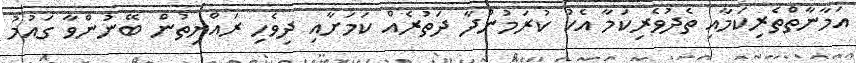
އަމާނާތްތެރިކަމާއި ތެދުވެރިކަމާ އެކު ކުރަމުންދާ ދަތުރެއް ކަމަށާއި ދިވެހި ރައްޔިތުން ބޭނުންވާ ގައުމު